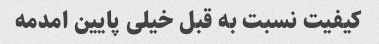
کیفیت نسبت به قبل خیلی پایین امدمه